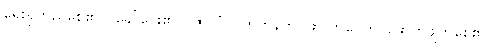
ရှေးရှုတည်စေ၏။ (ခေါ်ပေး၏။) ဇာလံ၊ ပိုက်ကွန်ကို။ ဖာလာပေတိ၊ ဖောက်ဖျက်စေ၏။